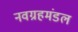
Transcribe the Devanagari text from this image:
नवग्रहमंडल